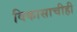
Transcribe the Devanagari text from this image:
विकासाचीही